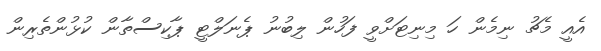
އެއީ މެޗު ނިމެން ހަ މިނިޓަށްވީ ފަހުން ލިބުނު ޕެނަލްޓީ ޕާކިސްތާން ކުޅުންތެރިން